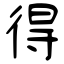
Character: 得